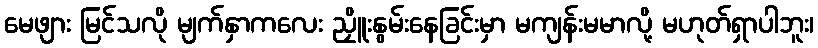
မေဖျား မြင်သလို မျက်နှာကလေး ညှိူးနွမ်းနေခြင်းမှာ မကျန်းမမာလို့ မဟုတ်ရှာပါဘူး၊